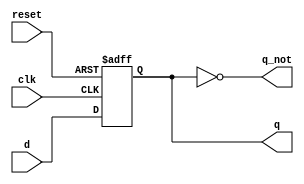
module d_ff(
	input reset,
	input clk,
	input d,
	output reg q,
	output q_not
);
	
	always @(posedge clk or negedge reset) begin
	    if (!reset)
		    q <= 1'b0;
	    else
		    q <= d;  
	end
	
	assign q_not = ~q;
	
endmodule


`timescale 1us/1ns
module d_ff_tb();

	reg d;
	reg clk = 0;
	reg reset;
	wire q;
	wire q_not;
	reg [1:0] delay;
	integer i;
	
	// Instantiate the DUT
	d_ff DFF0( .reset(reset), .clk(clk), .d(d), .q(q), .q_not(q_not));
	
	// Create the clk signal
	always begin
	    #0.5 clk = ~clk;
	end
	
    	// Create stimulus	  
   	initial begin
        	reset = 0; d = 0;
		#1;	reset = 1;
	    	for (i=0; i<5; i=i+1) begin
		   delay = $urandom_range(1,3);
		   #(delay) d = ~d; 
		end	
        	#(0.2); reset = 0; // reset the FF again		
	end
	
    	// This will stop the simulator when the time expires
    	initial begin
        	#10 $stop;
    	end  
endmodule